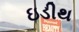
ઇડીથ